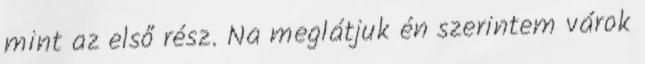
mint az első rész. Na meglátjuk én szerintem várok